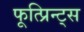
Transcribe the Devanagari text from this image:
फूत्प्रिन्ट्स